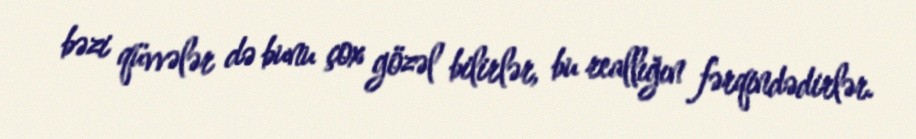
bəzi qüvvələr də bunu çox gözəl bilirlər, bu reallığın fərqindədirlər.